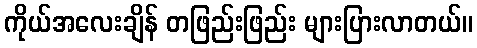
ကိုယ်အလေးချိန် တဖြည်းဖြည်း များပြားလာတယ်။